Indian journal of veterinary science and animal husbandry - Volumes 22-23, 1952-1953
Year: 1952
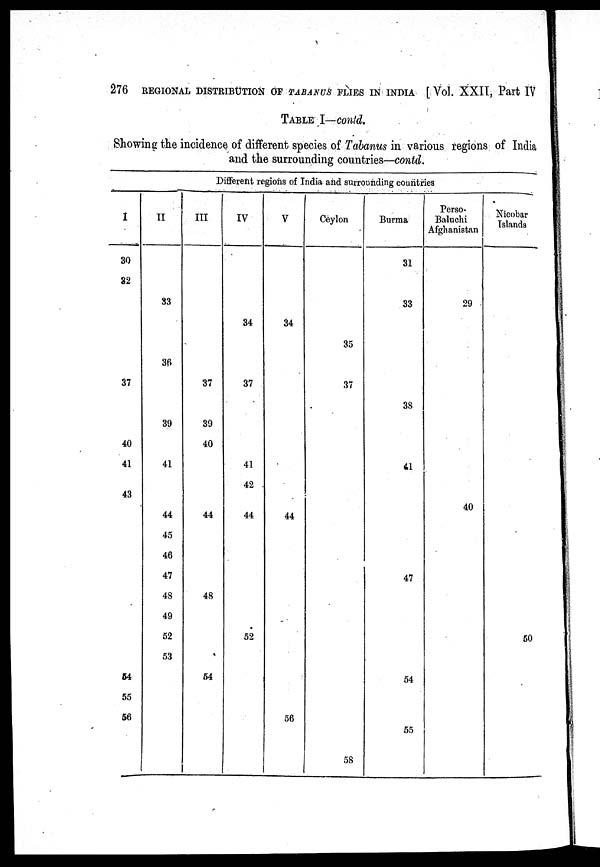
276 REGIONAL DISTRIBUTION OF TABANUS FLIES IN INDIA [Vol. XXII, Part IV
TABLE I—contd.
Showing the incidence of different species of Tabanus in various regions of India
and the surrounding countries—contd.
Different regions of India and surrounding countries
I
30
32
37
40
41
43
54
55
56
II
83
36
39
41
44
45
46
47
48
49
52
53
III
37
39
40
44
48
54
IV
34
37
41
42
44
52
V
34
44
56
Ceylon
35
37
58
Burma
31
33
38
41
47
54
55
Perso-
Baluchi
Afghanistan
29
40
Nicobar
Islands
5